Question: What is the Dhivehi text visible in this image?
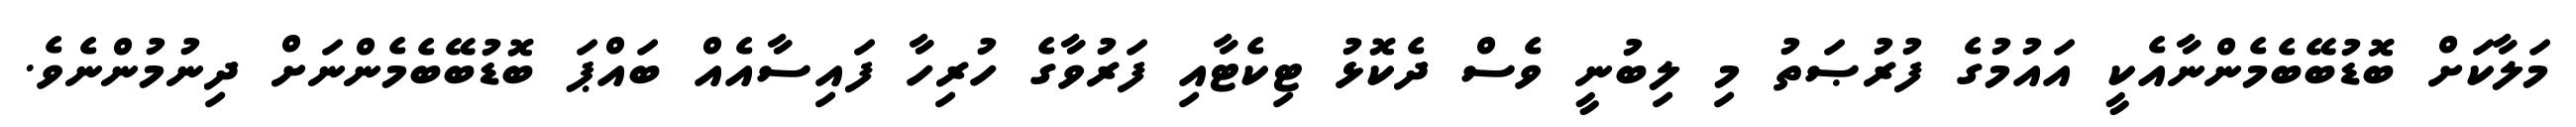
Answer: މަލާކަށް ބޮޑުބޭބެމެންނާއެކީ އައުމުގެ ފުރުޞަތު މި ލިބުނީ ވެސް ދެކޮޅު ޓިކެޓާއި ފަރުވާގެ ހުރިހާ ފައިސާއެއް ބައްޕަ ބޮޑުބޭބެމެންނަށް ދިނުމުންނެވެ.